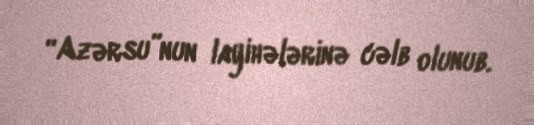
“Azərsu”nun layihələrinə cəlb olunub.